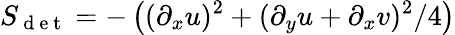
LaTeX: S_{\mathrm{~d~e~t~}}=-\left((\partial_{x}u)^{2}+(\partial_{y}u+\partial_{x}v)^{2}/4\right)